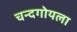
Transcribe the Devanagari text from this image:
चन्दगोयला